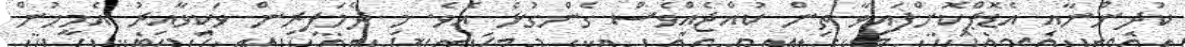
ކުދިންނާއި އެޑޮޕްކޮށްފައިވާ ތިން ކުއްޖެއްވެސް ގެންގުޅެ އެވެ. މި ދެމަފިރިން ވަކިވާއިރު އެމީހުން